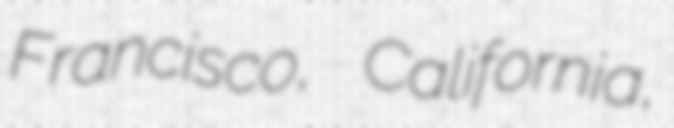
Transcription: Francisco, California,